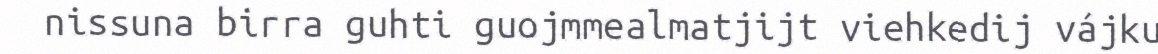
nissuna birra guhti guojmmealmatjijt viehkedij vájku